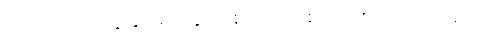
တဘက်ဖြင့် ကျွန်ုပ်မျက်နှာတစ်ဝက်ကို စည်း ထားလိုက်သည်။